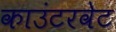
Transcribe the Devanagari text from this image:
काउंटरवेट